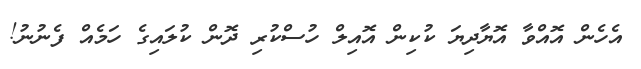
އެހެން އޮއްވާ އޮޔާދިޔަ ކުކިން އޮއިލް ހުސްކުރި ދޮން ކުލައިގެ ހަމެއް ފެނުނު!